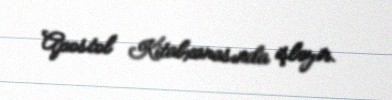
Apostol Kitabxanasında işləyir.